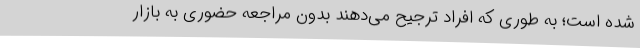
شده است؛ به طوری که افراد ترجیح می‌دهند بدون مراجعه حضوری به بازار